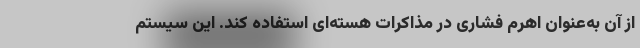
از آن به‌عنوان اهرم فشاری در مذاکرات هسته‌ای استفاده کند. این سیستم